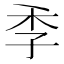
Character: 𮱜